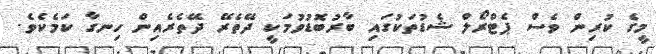
މީގެ ކުރިން ވެސް ޕެޓްރޯލް ޝެޑުތަކުގައި ބާރުބޮޑުވުމަކީ ދޭތެރޭ ދޭތެރެއިން ހިނގާ ކަމެކެވެ.